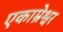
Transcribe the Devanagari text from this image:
एकाम्रेश्वर